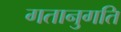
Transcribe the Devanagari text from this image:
गतानुगति